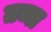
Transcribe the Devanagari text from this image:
तब्ल